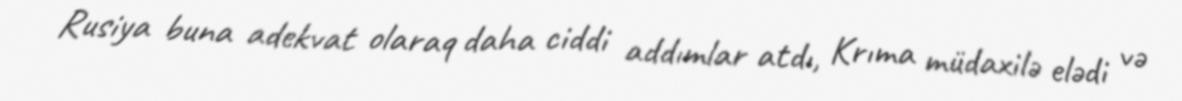
Rusiya buna adekvat olaraq daha ciddi addımlar atdı, Krıma müdaxilə elədi və